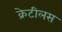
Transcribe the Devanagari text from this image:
क्रेटीलस